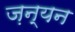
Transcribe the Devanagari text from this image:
ज़न्यन